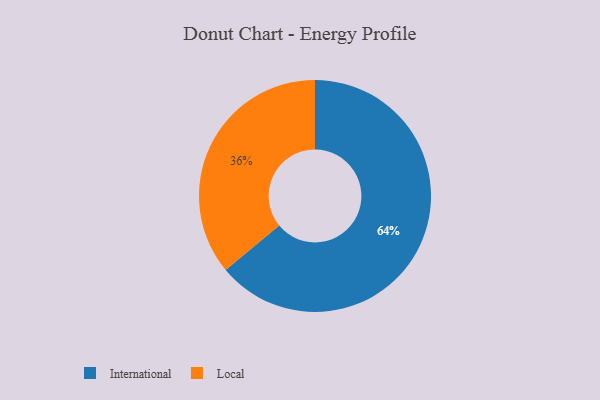
{"axis": {"x": "Category", "y": "Percentage"}, "legend": ["International", "Local"], "data": [{"x": "Local", "y": 36, "type": "Local"}, {"x": "International", "y": 64, "type": "International"}]}